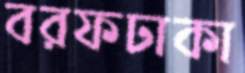
বরফঢাকা